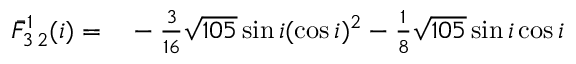
\begin{array} { r l } { \bar { F } _ { 3 \, 2 } ^ { 1 } ( i ) = } & { { } - \frac { 3 } { 1 6 } \sqrt { 1 0 5 } \sin i ( \cos i ) ^ { 2 } - \frac { 1 } { 8 } \sqrt { 1 0 5 } \sin i \cos i } \end{array}